Lunatic asylums in Bengal annual reports 1888-1898 - 1888-1898
Year: 1888
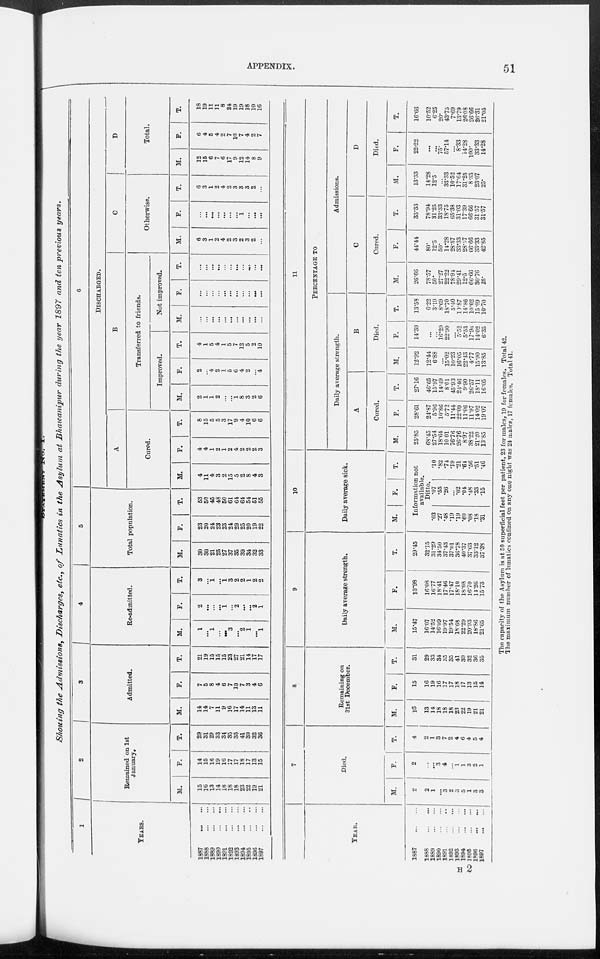
APPENDIX.
51
Showing the Admissions, Discharges, etc., of Lunatics in the Asylum at Bhawanipur during the year 1897 and ten previous years.
1
YEARS.
1887
...
...
1888
...
...
1889
...
...
1890
...
...
1891
...
...
1892
...
...
1893
...
...
1894
...
...
1895
...
...
1896
...
...
1897
...
...
2
Remained on 1st
January.
M.
15
16
13
14
18
18
18
23
22
19
21
F.
14
15
16
19
16
17
17
18
17
13
15
T.
29
31
29
33
34
35
35
41
39
32
36
3
Admitted.
M.
14
14
7
11
9
16
17
14
11
13
11
F.
7
5
8
4
6
7
10
7
3
4
6
T.
21
19
15
15
15
23
27
21
14
17
17
4
Re-admitted.
M.
1
...
1
...
...
3
...
2
1
...
1
F.
2
...
...
...
1
...
2
...
...
2
1
T.
3
...
1
...
1
3
2
2
1
2
2
5
Total population.
M.
30
30
21
25
27
37
35
39
34
32
33
F.
23
20
24
23
23
24
29
25
20
19
22
T.
53
50
45
48
50
61
64
64
54
51
55
6
DISCHARGED.
A
Cured.
M.
4
11
4
3
2
15
5
2
8
4
3
F.
4
4
1
2
1
2
4
2
2
2
3
T.
8
15
5
5
3
17
9
4
10
6
6
B
Transferred to friends.
Improved.
M.
2
1
1
2
...
...
1
8
3
2
6
F.
2
...
4
2
1
5
6
4
2
...
4
T.
4
1
5
4
1
5
7
12
5
2
10
Not improved.
M.
...
...
...
...
...
...
...
...
...
...
...
F.
...
...
...
...
...
...
...
...
...
...
...
T.
...
...
...
...
...
...
...
...
...
...
...
C
Otherwise.
M.
6
3
1
2
4
2
3
2
3
2
...
F.
...
...
...
...
...
...
...
1
...
...
...
T.
6
3
1
2
4
2
3
3
3
2
...
D
Total.
M.
12
15
6
7
6
17
9
12
14
8
9
F.
6
4
5
4
2
7
10
7
4
2
7
T.
18
19
11
11 8
24
19
19
18
10
16
YEAR.
1887
...
...
1888 ... ...
1889
...
...
1890
...
...
1891
...
...
1892
...
...
1893
...
...
1894
...
...
1895
...
...
1896
...
...
1897
...
...
7
Died.
M.
2
2
1
...
3
2
3
5
1
3
3
F .
2
...
...
3
4
...
1
1
3
2
1
T.
4
2
1
3
7
2
4
6
4
5
4
8
Remaining on
31st December.
M.
16
13
14
18
18
18
23
22
19
21
21
F.
15
16
19
16
17
17
18
17
13
15
14
T.
31
29
33
34
35
35
41
39
32
36
35
9
Daily average strength.
M.
15.47
16.07
14.52
16.09
19.97
19.54
18.68
22.29
20.93
18.86
21.65
F.
13.98
16.08
16.77
18.41
17.46
17.47
18.10
18.08
16.70
14.26
15.73
T.
29.45
32.15
31.29
34.50
37.43
37.01
36.78
40.37
37.63
33.12
37.38
10
Daily average sick.
M.
F.
T.
Information not
available.
Ditto.
.03
.27
.48
.19
.19
.60
.08
.18
.31
.07
.55
.26
...
.02
.04
.48
.33
.15
.10
.82
.74
.19
.21
.64
.50
.51
.46
11
PERCENTAGE TO
Daily average strength.
A
Cured.
M.
25.85
68.45
27.54
18.64
10.01
76.70
26.76
8.97
38.22
21.20
13.85
F.
28.61
24.87
5.96
10.86
5.72
11.44
22.09
11.06
11.97
14.02
19.07
T.
27.16
46.65
15.97
14.49
8.01
45.93
24.46
9.90
26.57
18.11
16.05
B
Died.
M.
12.92
12.44
6.88
...
15.02
10.23
16.05
22.43
4.77
15.90
13.85
F.
14.30
...
...
16.29
22.90
...
5.52
5.53
17.96
14.02
6.35
T.
13.58
6.22
3.19
8.69
18.70
5.40
10.87
14.86
10.62
15.09
10.70
Admissions.
C
Cured.
M.
26.66
78.57
50.
27.27
22.22
78.94
29.41
12.5
66.66
30.76
25.
F.
44.44
80.
12.5
50.
14.28
28.57
33.33
28.57
66.66
33.33
42.85
T.
33.33
78.94
31.25
33.33
18.75
65.38
31.03
17.39
66.66
31.57
31.57
D
Died.
M.
13.33
14.28
12.5
...
33.33
10.52
17.64
31.25
8.33
23.07
25.
F.
22.22
...
...
75.
57.14
...
8.33
14.28
100.
33.33
14.28
T.
16.66
10.52
6.25
20.
43.75
7.69
13.79
26.08
26.66
26.31
21.05
The capacity of the Asylum is at 50 superficial feet per patient, 23 for males, 19 for females. Total 42.
The maximum number of lunatics confined on any one night was 24 males, 17 females. Total 41.
H 2